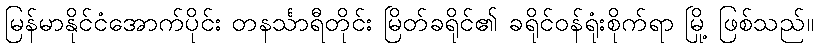
မြန်မာနိုင်ငံအောက်ပိုင်း တနင်္သာရီတိုင်း မြိတ်ခရိုင်၏ ခရိုင်ဝန်ရုံးစိုက်ရာ မြို့ ဖြစ်သည်။